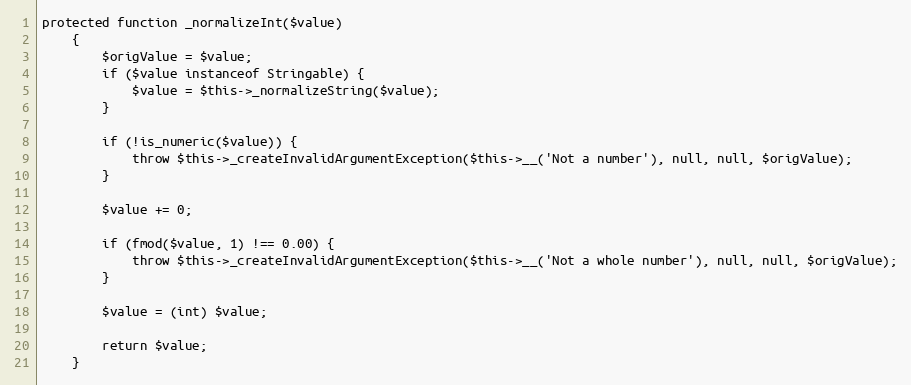
Language: PHP
protected function _normalizeInt($value)
    {
        $origValue = $value;
        if ($value instanceof Stringable) {
            $value = $this->_normalizeString($value);
        }

        if (!is_numeric($value)) {
            throw $this->_createInvalidArgumentException($this->__('Not a number'), null, null, $origValue);
        }

        $value += 0;

        if (fmod($value, 1) !== 0.00) {
            throw $this->_createInvalidArgumentException($this->__('Not a whole number'), null, null, $origValue);
        }

        $value = (int) $value;

        return $value;
    }